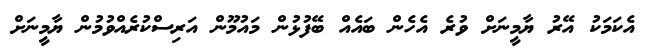
އެކަމަކު އޭރު ޔާމީނަށް ވުރެ އެހެން ބައެއް ބޭފުޅުން މައުމޫން އަރިސްކުރެއްވުމުން ޔާމީނަށް